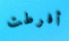
أفرطت